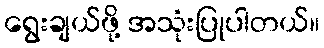
ရွေးချယ်ဖို့ အသုံးပြုပါတယ်။